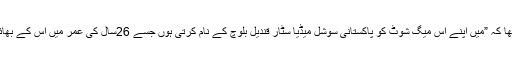
“ سائرہ خان کا کہنا تھا کہ ”میں اپنے اس میگ شوٹ کو پاکستانی سوشل میڈیا سٹار قندیل بلوچ کے نام کرتی ہوں جسے 26سال کی عمر میں اس کے بھائی نے قتل کر دیا تھا۔